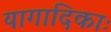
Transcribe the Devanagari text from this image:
यागादिकाः